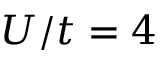
U / t = 4